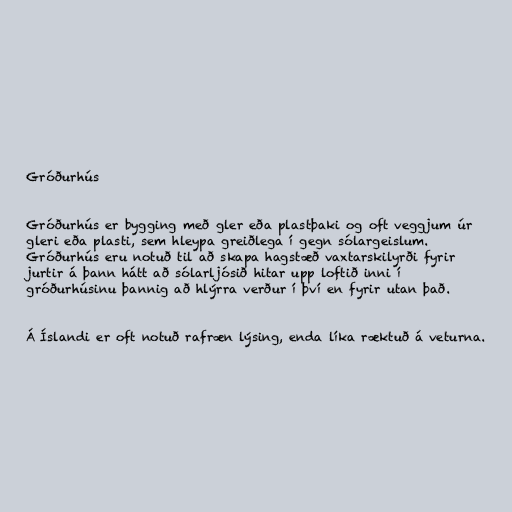
Gróðurhús

Gróðurhús er bygging með gler eða plastþaki og oft veggjum úr
gleri eða plasti, sem hleypa greiðlega í gegn sólargeislum.
Gróðurhús eru notuð til að skapa hagstæð vaxtarskilyrði fyrir
jurtir á þann hátt að sólarljósið hitar upp loftið inni í
gróðurhúsinu þannig að hlýrra verður í því en fyrir utan það.

Á Íslandi er oft notuð rafræn lýsing, enda líka ræktuð á veturna.